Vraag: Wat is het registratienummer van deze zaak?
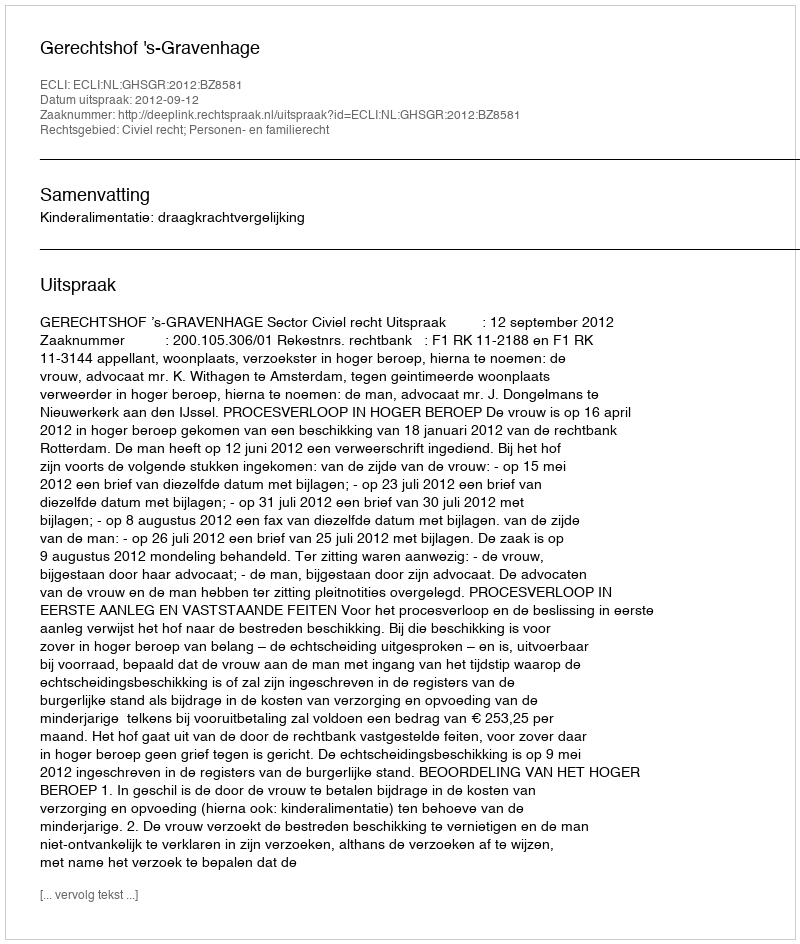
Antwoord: http://deeplink.rechtspraak.nl/uitspraak?id=ECLI:NL:GHSGR:2012:BZ8581